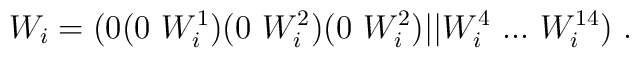
W_i=(0 (0~W^1_i) (0~W^2_i) (0~W^2_i) \vert\vert  W^4_i ~...~W^{14}_i )~.